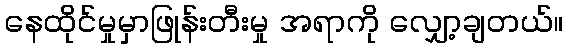
နေထိုင်မှုမှာဖြုန်းတီးမှု အရာကို လျှော့ချတယ်။